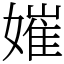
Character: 㜠